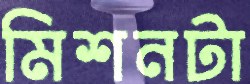
মিশনটা